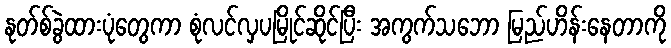
နုတ်စ်ခွဲထားပုံတွေကာ စုံလင်လှပမြိုင်ဆိုင်ပြီး အကွက်သဘော မြည်ဟိန်းနေတာကို